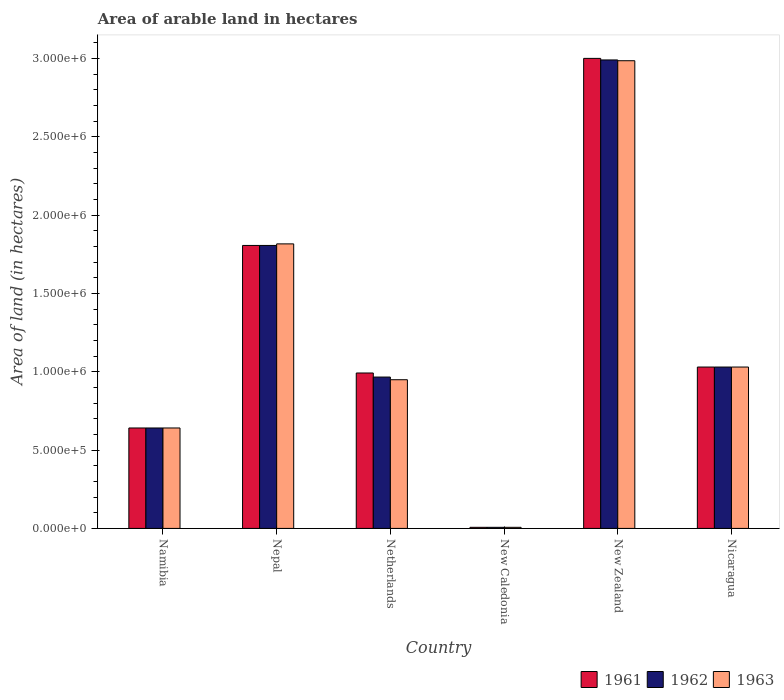
| Country | 1961 | 1962 | 1963 |
 | --- | --- | --- | --- |
 | Namibia | 6.41e+05 | 6.41e+05 | 6.41e+05 |
 | Nepal | 1.81e+06 | 1.81e+06 | 1.82e+06 |
 | Netherlands | 9.92e+05 | 9.66e+05 | 9.49e+05 |
 | New Caledonia | 7e+03 | 7e+03 | 7e+03 |
 | New Zealand | 3e+06 | 2.99e+06 | 2.98e+06 |
 | Nicaragua | 1.03e+06 | 1.03e+06 | 1.03e+06 |